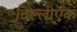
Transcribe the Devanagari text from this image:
दिल्लीएक